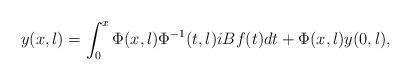
LaTeX: \begin{align*} y(x,\l) = \int_0^x \Phi(x,\l) \Phi^{-1}(t,\l)iBf(t)dt + \Phi(x,\l) y(0,\l),\end{align*}